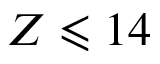
Z \leqslant 1 4